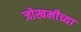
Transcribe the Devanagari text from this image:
जोखमीच्या